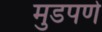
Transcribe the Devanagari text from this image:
मुडपणे